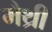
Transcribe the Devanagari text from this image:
मैथ्री